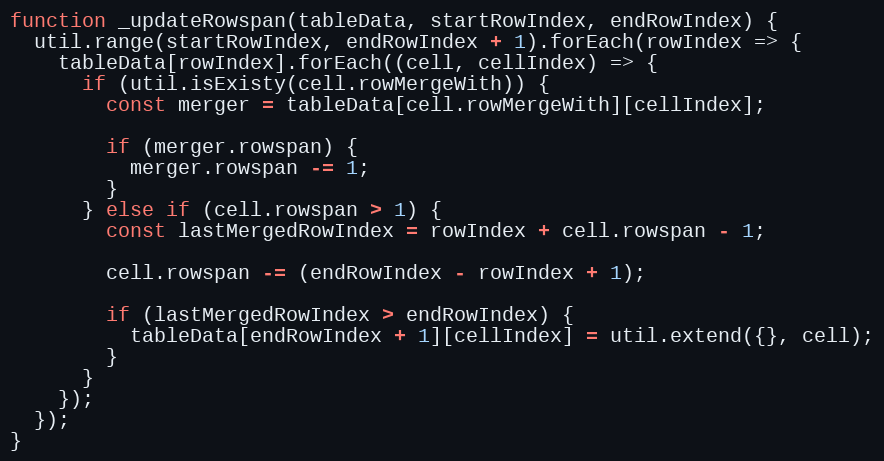
Language: JavaScript
function _updateRowspan(tableData, startRowIndex, endRowIndex) {
  util.range(startRowIndex, endRowIndex + 1).forEach(rowIndex => {
    tableData[rowIndex].forEach((cell, cellIndex) => {
      if (util.isExisty(cell.rowMergeWith)) {
        const merger = tableData[cell.rowMergeWith][cellIndex];

        if (merger.rowspan) {
          merger.rowspan -= 1;
        }
      } else if (cell.rowspan > 1) {
        const lastMergedRowIndex = rowIndex + cell.rowspan - 1;

        cell.rowspan -= (endRowIndex - rowIndex + 1);

        if (lastMergedRowIndex > endRowIndex) {
          tableData[endRowIndex + 1][cellIndex] = util.extend({}, cell);
        }
      }
    });
  });
}